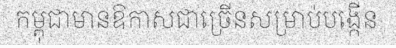
កម្ពុជាមានឱកាសជាច្រើនសម្រាប់បង្កើន